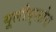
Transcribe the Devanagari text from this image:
यूलीफ़्लोरा